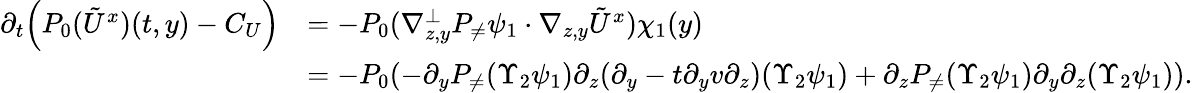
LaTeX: \begin{array}{rl}{\partial_{t}\Big(P_{0}(\tilde{U}^{x})(t,y)-C_{U}\Big)}&{=-P_{0}(\nabla_{z,y}^{\bot}P_{\neq}\psi_{1}\cdot\nabla_{z,y}\tilde{U}^{x})\chi_{1}(y)}\\ &{=-P_{0}(-\partial_{y}P_{\neq}(\Upsilon_{2}\psi_{1})\partial_{z}(\partial_{y}-t\partial_{y}v\partial_{z})(\Upsilon_{2}\psi_{1})+\partial_{z}P_{\neq}(\Upsilon_{2}\psi_{1})\partial_{y}\partial_{z}(\Upsilon_{2}\psi_{1})).}\end{array}